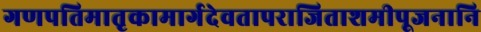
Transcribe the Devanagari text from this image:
गणपतिमातृकामार्गदेवतापराजिताशमीपूजनानि